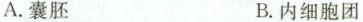
A.囊胚 B.内细胞团